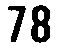
78